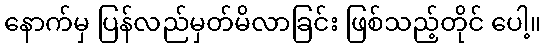
နောက်မှ ပြန်လည်မှတ်မိလာခြင်း ဖြစ်သည့်တိုင် ပေါ့။